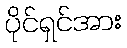
ပိုင်ရှင်အား